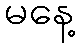
မနေ့